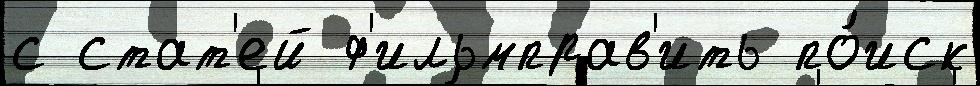
с стат'ей ф'ильмправ'ить по́иск